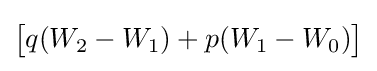
{\big [}q(W_{2}-W_{1})+p(W_{1}-W_{0}){\big ]}